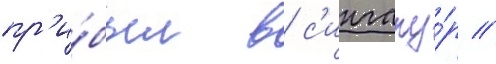
пр'и́был в с'ингапу́р /